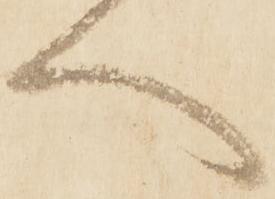
へ